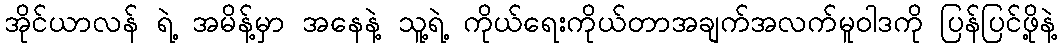
အိုင်ယာလန် ရဲ့ အမိန့်မှာ အနေနဲ့ သူ့ရဲ့ ကိုယ်ရေးကိုယ်တာအချက်အလက်မူဝါဒကို ပြန်ပြင်ဖို့နဲ့